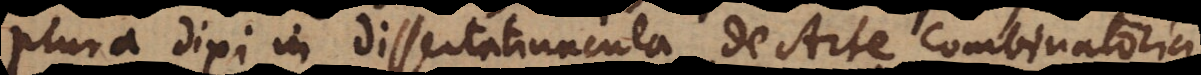
plura dixi in Dissertatiuncula De Arte Combinatoria,